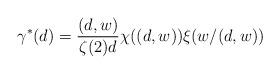
LaTeX: \begin{align*} \gamma^*(d)=\frac{(d,w)}{\zeta(2)d}\chi((d,w))\xi(w/(d,w)) \end{align*}